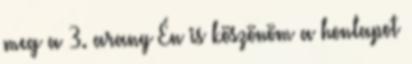
meg a 3. arany Én is köszönöm a honlapot